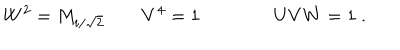
W ^ { 2 } = M _ { i / \sqrt 2 } \qquad V ^ { 4 } = 1 \qquad \qquad U V W = 1 \ .